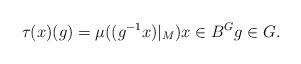
LaTeX: \begin{align*} \tau(x)(g) = \mu( (g^{-1}x)\vert_M) x \in B^G g \in G.\end{align*}